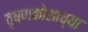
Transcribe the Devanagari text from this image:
वृषणकोशाच्या